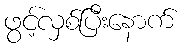
ဖွင့်လှစ်ပြီးနောက်